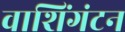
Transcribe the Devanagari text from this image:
वाशिंगंटन